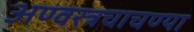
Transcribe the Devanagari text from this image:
अण्वस्त्रचाचण्या